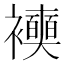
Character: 𧞲